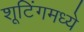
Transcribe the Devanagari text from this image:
शूटिंगमध्ये